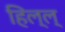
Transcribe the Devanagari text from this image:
हिल्ल्